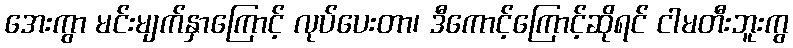
အေးကွာ မင်းမျက်နှာကြောင့် လုပ်ပေးတာ၊ ဒီကောင့်ကြောင့်ဆိုရင် ငါမတီးဘူးကွ